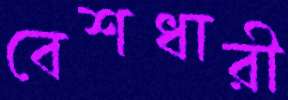
বেশধারী